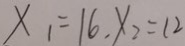
x _ { 1 } = 1 6 , x _ { 2 } = 1 2